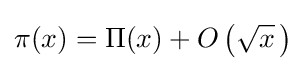
\pi (x)=\Pi (x)+O\left({\sqrt {x}}\,\right)